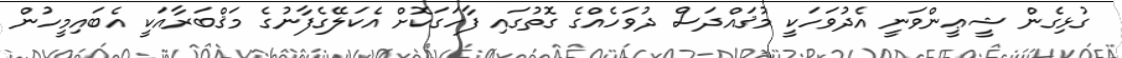
ގުޅިގެން ޝީޢީންވަނީ އެދުވަހަކީ މުޤައްދަސް ދުވަހެއްގެ ގޮތުގައި ފާހަގަކޮށް އެކަލޭގެފާނުގެ މަޤްބަރާއަކީ އެބައިމީހުން